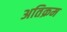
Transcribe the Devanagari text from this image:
अतिक्रम